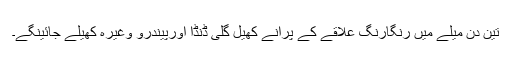
تین دن میلے میں رنگارنگ علاقے کے پرانے کھیل گلی ڈنڈا اورپیندرو وغیرہ کھیلے جائینگے۔